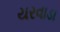
યરવાડા